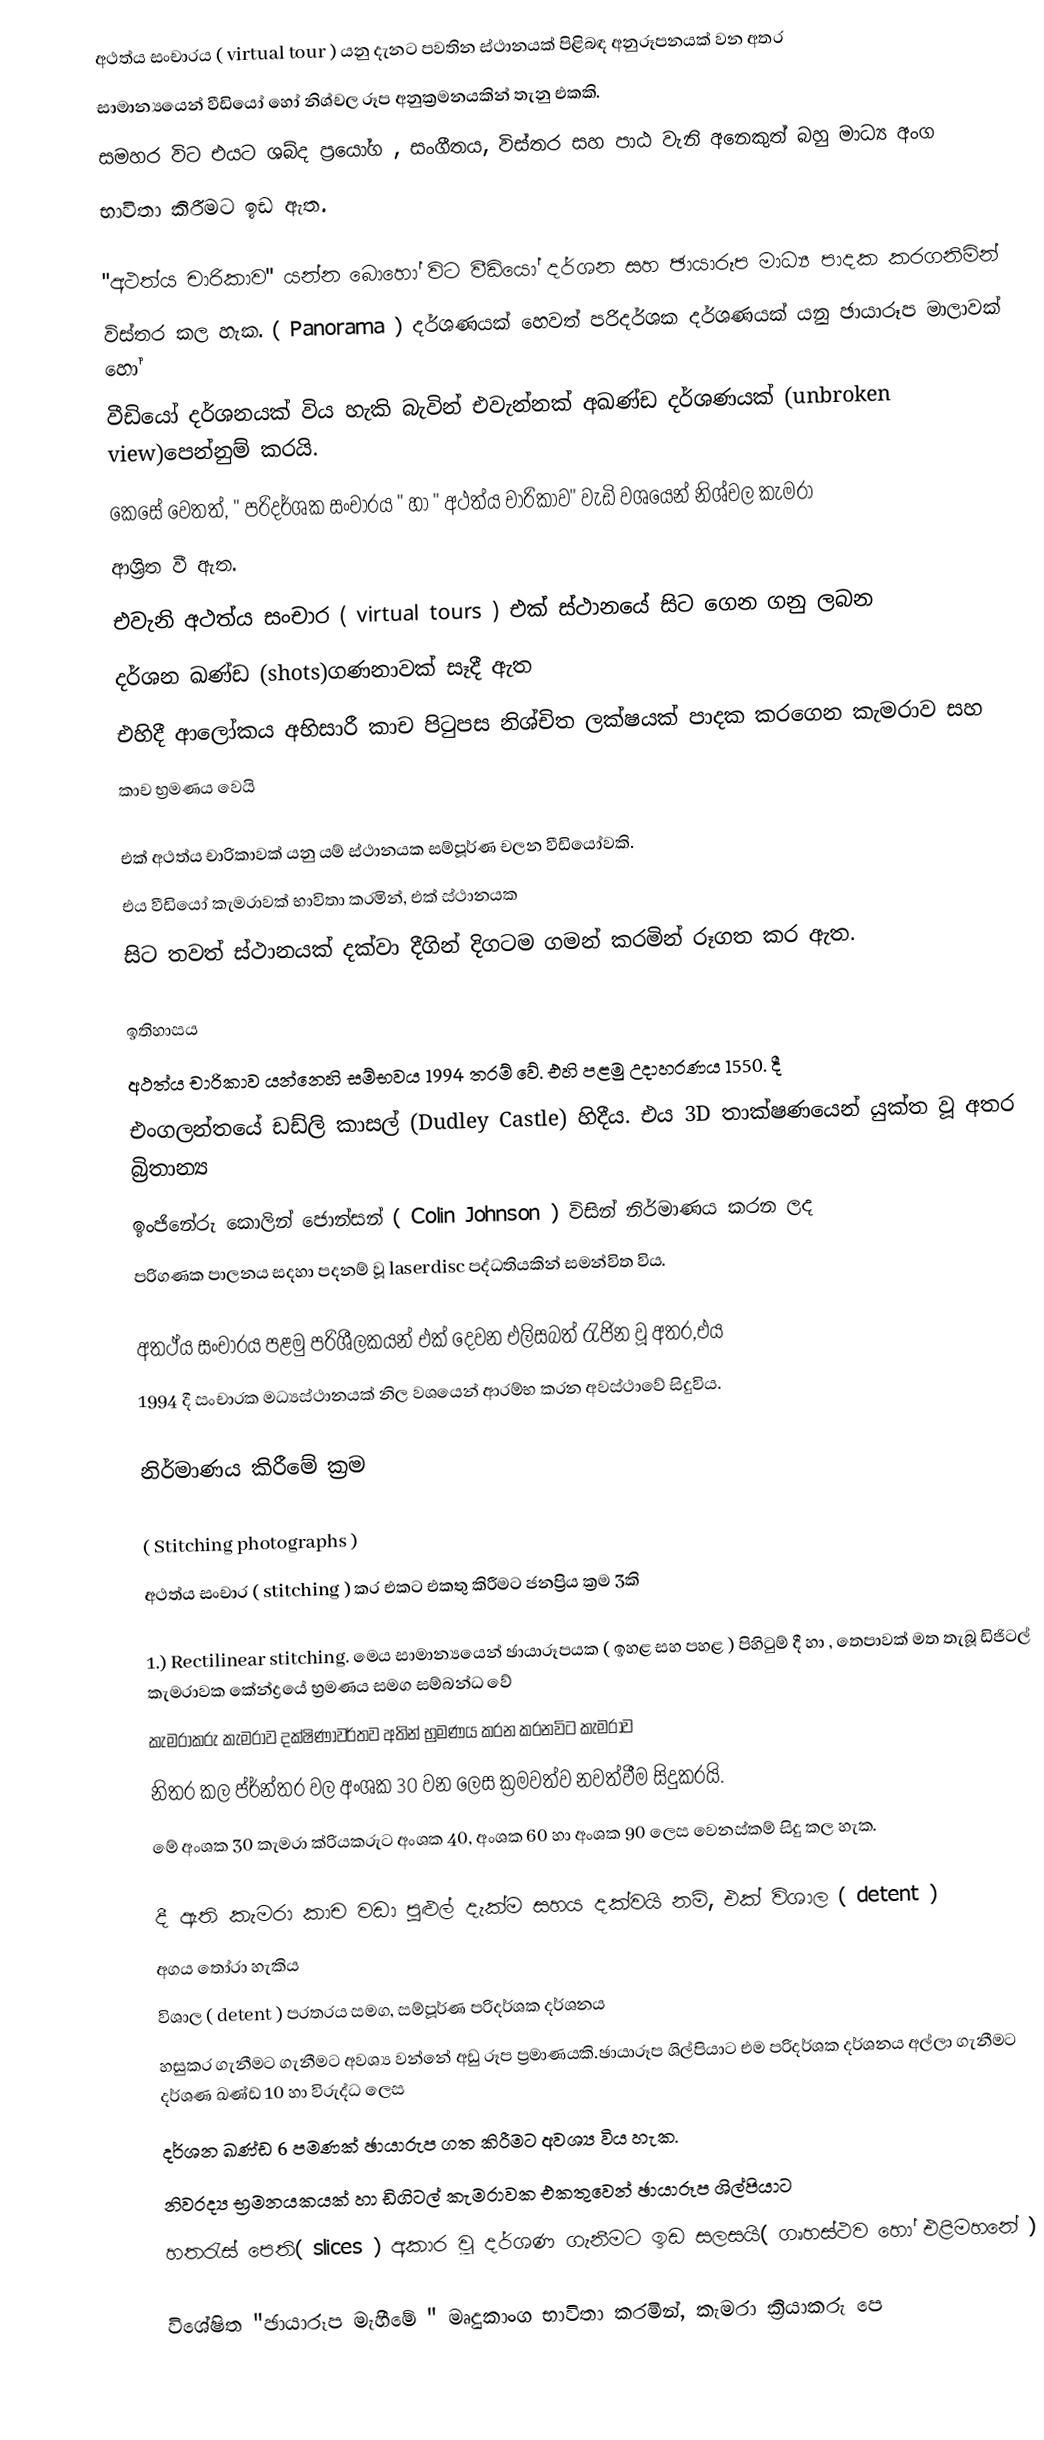
අථත්ය සංචාරය ( virtual tour ) යනු දැනට පවතින ස්ථානයක්  පිළිබඳ අනුරූපනයක් වන අතර
සාමාන්‍යයෙන් වීඩියෝ  හෝ නිශ්චල රූප අනුක්‍රමනයකින් තැනු එකකි.
සමහර විට එයට ශබ්ද ප්‍රයෝග , සංගීතය, විස්තර සහ පාඨ වැනි අනෙකුත් බහු මාධ්‍ය අංග
භාවිතා කිරීමට ඉඩ ඇත.

"අථත්ය චාරිකාව" යන්න බොහෝ විට වීඩියෝ දර්ශන සහ ඡායාරූප මාධ්‍ය පාදක   කරගනිමින්
විස්තර කල හැක. ( Panorama ) දර්ශණයක්  හෙවත්  පරිදර්ශක දර්ශණයක් යනු ඡායාරූප මාලාවක් හෝ
වීඩියෝ දර්ශනයක් විය හැකි බැවින්  එවැන්නක්  අඛණ්ඩ  දර්ශණයක්  (unbroken view)පෙන්නුම් කරයි.
කෙසේ වෙතත්,  " පරිදර්ශක සංචාරය " හා " අථත්ය චාරිකාව" වැඩි වශයෙන් නිශ්චල කැමරා
ආශ්‍රිත වී ඇත.
එවැනි අථත්ය  සංචාර ( virtual tours ) එක් ස්ථානයේ සිට ගෙන ගනු ලබන
දර්ශන ඛණ්ඩ (shots)ගණනාවක් සෑදී ඇත
එහිදී ආලෝකය අභිසාරී කාච පිටුපස නිශ්චිත ලක්ෂයක් පාදක කරගෙන කැමරාව සහ
කාච භ්‍රමණය වෙයි

එක් අථත්ය චාරිකාවක් යනු  යම් ස්ථානයක සම්පූර්ණ චලන වීඩියෝවකි.
එය වීඩියෝ කැමරාවක් භාවිතා කරමින්, එක් ස්ථානයක
සිට තවත් ස්ථානයක් දක්වා දීගින් දිගටම ගමන් කරමින්  රූගත කර ඇත.

ඉතිහාසය
අථත්ය චාරිකාව යන්නෙහි සම්භවය 1994 තරම් වේ. එහි පළමු උදාහරණය  1550. දී
එංගලන්තයේ ඩඩ්ලි කාසල් (Dudley Castle) හිදීය. එය  3D තාක්ෂණයෙන් යුක්ත වූ අතර   බ්‍රිතාන්‍ය
ඉංජිනේරු කොලින් ජොන්සන් ( Colin Johnson ) විසින් නිර්මාණය කරන ලද
පරිගණක පාලනය  සදහා  පදනම් වූ  laserdisc පද්ධතියකින් සමන්විත විය.

අතථ්ය සංචාරය පළමු පරිශීලකයන් එක් දෙවන එලිසබත් රැජින වූ අතර,එය
1994 දී සංචාරක මධ්‍යස්ථානයක් නිල වශයෙන් ආරම්භ කරන  අවස්ථාවේ සිදුවිය.

නිර්මාණය කිරීමේ ක්‍රම

( Stitching photographs )
අථත්ය සංචාර  ( stitching ) කර එකට එකතු කිරීමට ජනප්‍රිය ක්‍රම 3කි

1.) Rectilinear stitching. මෙය සාමාන්‍යයෙන් ඡායාරූපයක ( ඉහළ සහ පහළ ) පිහිටුම් දී හා , තෙපාවක් මත තැබූ ඩිජිටල් කැමරාවක කේන්ද්‍රයේ භ්‍රමණය සමග සම්බන්ධ වේ
කැමරාකරු කැමරාව දක්ෂිණාවර්තව අතින් භ්‍රමණය කරන කරනවිට කැමරාව
නිතර කල ප්ර්න්තර වල අංශක 30 වන ලෙස ක්‍රමවත්ව නවත්වීම සිදුකරයි.
මේ අංශක 30 කැමරා ක්රියකරුට අංශක 40, අංශක 60 හා අංශක 90 ලෙස වෙනස්කම් සිදු කල හැක.

දී ඇති කැමරා කාච වඩා පුළුල් දැක්ම සහය දක්වයි නම්, එක් විශාල ( detent )
අගය තෝරා හැකිය
විශාල ( detent ) පරතරය සමග, සම්පූර්ණ පරිදර්ශක දර්ශනය
හසුකර ගැනීමට  ගැනීමට අවශ්‍ය වන්නේ අඩු රූප ප්‍රමාණයකි.ඡායාරූප ශිල්පියාට එම පරිදර්ශක දර්ශනය අල්ලා ගැනීමට දර්ශණ ඛණ්ඩ 10 හා විරුද්ධ ලෙස
දර්ශන ඛණ්ඩ  6 පමණක් ඡායාරුප ගත කිරීමට අවශ්‍ය  විය හැක.
නිවරද්‍ය  භ්‍රමනයකයක් හා ඩිගිටල් කැමරාවක එකතුවෙන් ඡායාරූප ශිල්පියාට
හතරැස් පෙති( slices ) අකාර වූ දර්ශණ ගැනීමට  ඉඩ සලසයි( ගෘහස්ථව හෝ එළිමහනේ )

විශේෂිත "ඡායාරූප මැහීමේ " මෘදුකාංග භාවිතා කරමින්, කැමරා ක්‍රියාකරු පෙ